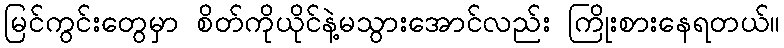
မြင်ကွင်းတွေမှာ စိတ်ကိုယိုင်နဲ့မသွားအောင်လည်း ကြိုးစားနေရတယ်။